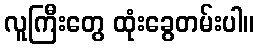
လူကြီးတွေ ထုံးခွေတမ်းပါ။